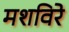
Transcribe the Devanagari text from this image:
मशविरे